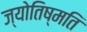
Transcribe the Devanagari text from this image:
ज्योतिष्मति